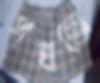
পথতো